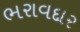
ભરાવદાર